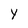
Character: Y